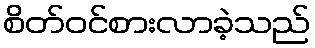
စိတ်ဝင်စားလာခဲ့သည်